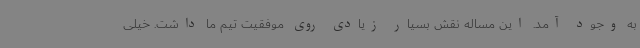
به وجود آمد. این مساله نقش بسیار زیادی روی موفقیت تیم ما داشت. خیلی